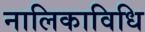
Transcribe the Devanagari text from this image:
नालिकाविधि